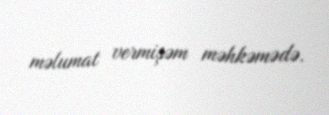
məlumat vermişəm məhkəmədə.